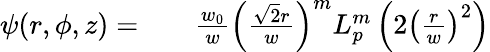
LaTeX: \begin{array}{rlr}{\psi(r,\phi,z)=}&{{}}&{\frac{w_{0}}{w}\left(\frac{\sqrt{2}r}{w}\right)^{m}L_{p}^{m}\left(2\left(\frac{r}{w}\right)^{2}\right)}\end{array}